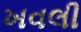
ખવલી